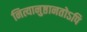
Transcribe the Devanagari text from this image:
नित्यानुष्ठानतोऽपि